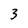
Character: 3